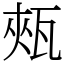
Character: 㼪